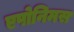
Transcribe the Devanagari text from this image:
एपोनिमस